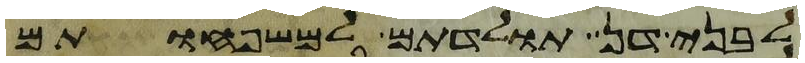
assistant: לבני דן תולדתם למשפחותם